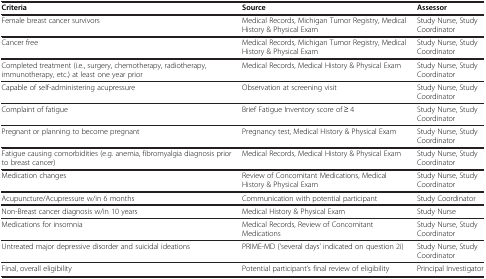
<table><thead><tr><td><b>Criteria</b></td><td><b>Source</b></td><td><b>Assessor</b></td></tr></thead><tbody><tr><td>Female breast cancer survivors</td><td>Medical Records, Michigan Tumor Registry, Medical History &amp; Physical Exam</td><td>Study Nurse, Study Coordinator</td></tr><tr><td>Cancer free</td><td>Medical Records, Michigan Tumor Registry, Medical History &amp; Physical Exam</td><td>Study Nurse, Study Coordinator</td></tr><tr><td>Completed treatment (i.e., surgery, chemotherapy, radiotherapy, immunotherapy, etc.) at least one year prior</td><td>Medical Records, Medical History &amp; Physical Exam</td><td>Study Nurse, Study Coordinator</td></tr><tr><td>Capable of self-administering acupressure</td><td>Observation at screening visit</td><td>Study Nurse, Study Coordinator</td></tr><tr><td>Complaint of fatigue</td><td>Brief Fatigue Inventory score of ≥ 4</td><td>Study Nurse, Study Coordinator</td></tr><tr><td>Pregnant or planning to become pregnant</td><td>Pregnancy test, Medical History &amp; Physical Exam</td><td>Study Nurse, Study Coordinator</td></tr><tr><td>Fatigue causing comorbidities (e.g. anemia, fibromyalgia diagnosis prior to breast cancer)</td><td>Medical Records, Medical History &amp; Physical Exam</td><td>Study Nurse, Study Coordinator</td></tr><tr><td>Medication changes</td><td>Review of Concomitant Medications, Medical History &amp; Physical Exam</td><td>Study Nurse, Study Coordinator</td></tr><tr><td>Acupuncture/Acupressure w/in 6 months</td><td>Communication with potential participant</td><td>Study Coordinator</td></tr><tr><td>Non-Breast cancer diagnosis w/in 10 years</td><td>Medical History &amp; Physical Exam</td><td>Study Nurse</td></tr><tr><td>Medications for insomnia</td><td>Medical Records, Review of Concomitant Medications</td><td>Study Nurse, Study Coordinator</td></tr><tr><td>Untreated major depressive disorder and suicidal ideations</td><td>PRIME-MD (‘several days’ indicated on question 2i)</td><td>Study Nurse, Study Coordinator</td></tr><tr><td>Final, overall eligibility</td><td>Potential participant’s final review of eligibility</td><td>Principal Investigator</td></tr></tbody></table>